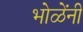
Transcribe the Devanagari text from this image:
भोळेंनी